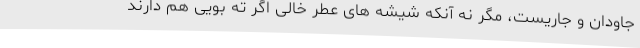
جاودان و جاریست، مگر نه آنکه شیشه های عطر خالی اگر ته بویی هم دارند